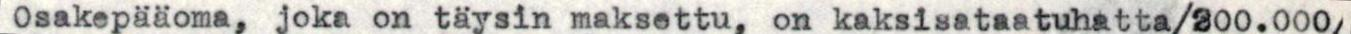
Osakepääoma, joka on täysin maksettu, on kaksisataatuhatta/200.000/